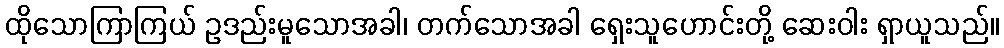
ထိုသောကြာကြယ် ဥဒည်းမူသောအခါ၊ တက်သောအခါ ရှေးသူဟောင်းတို့ ဆေးဝါး ရှာယူသည်။